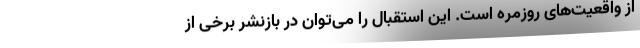
از واقعیت‌های روزمره است. این استقبال را می‌توان در بازنشر برخی از